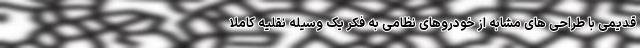
قدیمی با طراحی های مشابه از خودروهای نظامی به فکر یک وسیله نقلیه کاملا